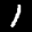
Label: 1